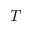
T